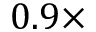
0 . 9 \times